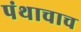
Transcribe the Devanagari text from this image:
पंथाचाच